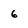
Character: 6